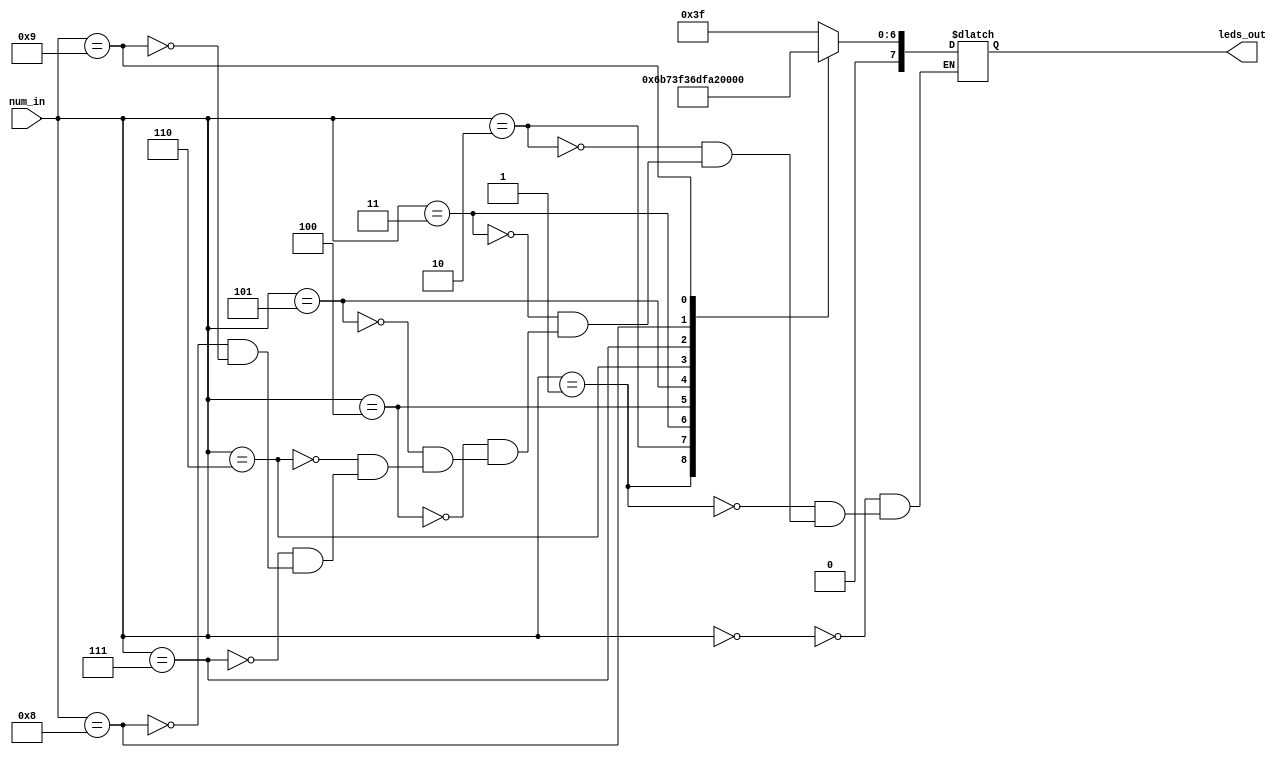
module seven_segment_display(
    input [3:0] num_in,
    output [7:0] leds_out
);

    reg [7:0] mem;

    always @(num_in) begin
        case(num_in) 
            4'd0: mem = 8'h3F;  //display 0
            4'd1: mem = 8'h06;  //display 1
            4'd2: mem = 8'h5B;    //display 2
            4'd3: mem = 8'h4F;    //display 3
            4'd4: mem = 8'h66;    //display 4
            4'd5: mem = 8'h6D;    //display 5
            4'd6: mem = 8'h7D;    //display 6
            4'd7: mem = 8'h07;    //display 7
            4'd8: mem = 8'h7F;    //display 8
            4'd9: mem = 8'h6F;    //display 9
        endcase
    end

    assign leds_out = mem;
endmodule